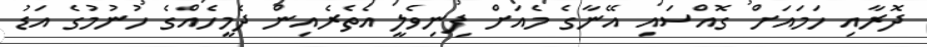
ދޮރާއި ހަމައަށް ގޮއްސައި އޭނާގެ މެއަށް ފިނިވެލީ އެތެރެއިން ދެމީހެއްގެ ހުނުމުގެ އަޑު